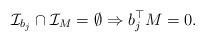
LaTeX: \begin{align*} \mathcal{I}_{b_j} \cap \mathcal{I}_M = \emptyset \Rightarrow b_j^\top M = 0 .\end{align*}